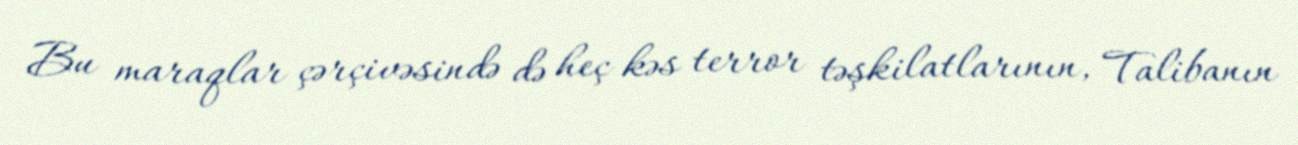
Bu maraqlar çərçivəsində də heç kəs terror təşkilatlarının, Talibanın